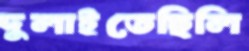
দুলাইতেছিলি